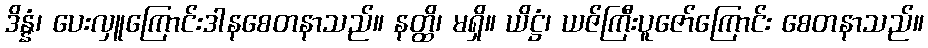
ဒိန္နံ၊ ပေးလှူကြောင်းဒါနစေတနာသည်။ နတ္ထိ၊ မရှိ။ ယိဋ္ဌံ၊ ယဇ်ကြီးပူဇော်ကြောင်း စေတနာသည်။